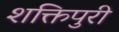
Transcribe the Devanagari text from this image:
शक्तिपुरी